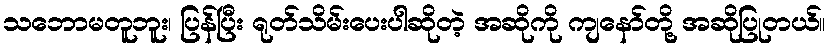
သဘောမတူဘူး၊ ပြန်ပြီး ရုတ်သိမ်းပေးပါဆိုတဲ့ အဆိုကို ကျနော်တို့ အဆိုပြုတယ်။